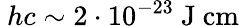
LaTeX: \ hc\sim 2\cdot 10^{-23}\ \mathrm{J}\ \mathrm{cm}